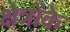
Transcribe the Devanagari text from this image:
क्षेत्रोंके